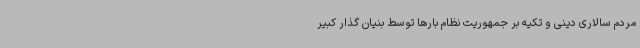
مردم سالاری دینی و تکیه بر جمهوریت نظام بارها توسط بنیان گذار کبیر